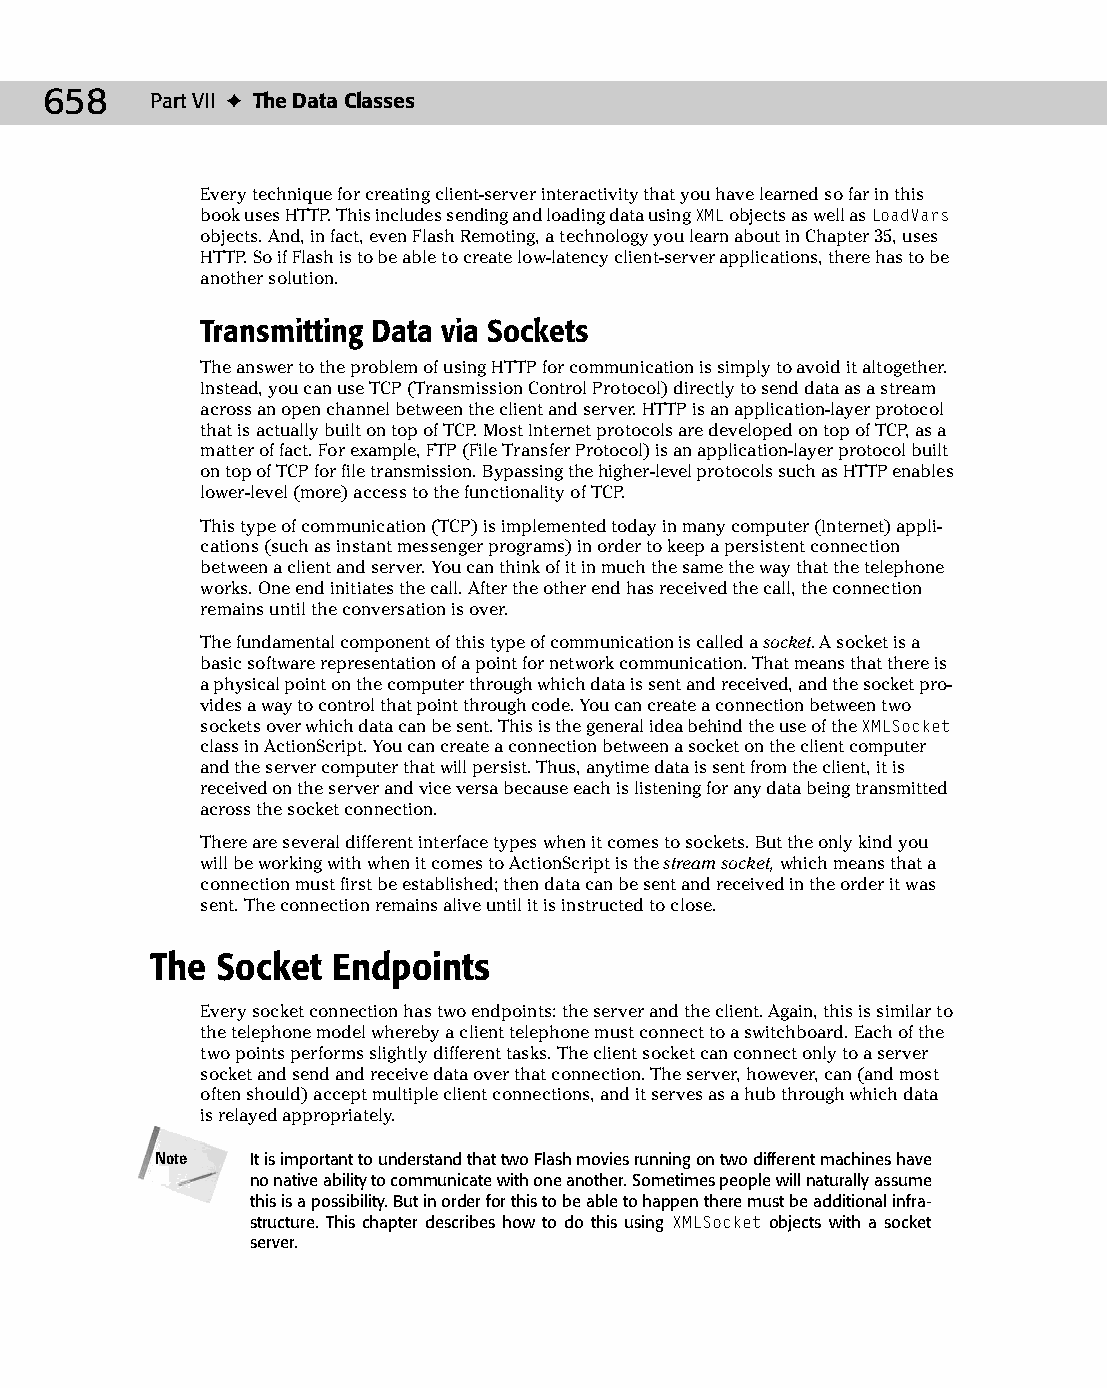
35 543547 ch27.qxd 3/24/04 4:08 PM Page 658
 658    Part VII ✦ The Data Classes
 Every technique for creating client-server interactivity that you have learned so far in this
 book uses HTTP. This includes sending and loading data using XML objects as well as LoadVars
 objects. And, in fact, even Flash Remoting, a technology you learn about in Chapter 35, uses
 HTTP. So if Flash is to be able to create low-latency client-server applications, there has to be
 another solution.
 Transmitting Data via Sockets
 The answer to the problem of using HTTP for communication is simply to avoid it altogether.
 Instead, you can use TCP (Transmission Control Protocol) directly to send data as a stream
 across an open channel between the client and server. HTTP is an application-layer protocol
 that is actually built on top of TCP. Most Internet protocols are developed on top of TCP, as a
 matter of fact. For example, FTP (File Transfer Protocol) is an application-layer protocol built
 on top of TCP for file transmission. Bypassing the higher-level protocols such as HTTP enables
 lower-level (more) access to the functionality of TCP.
 This type of communication (TCP) is implemented today in many computer (Internet) appli­
 cations (such as instant messenger programs) in order to keep a persistent connection
 between a client and server. You can think of it in much the same the way that the telephone
 works. One end initiates the call. After the other end has received the call, the connection
 remains until the conversation is over.
 The fundamental component of this type of communication is called a socket. A socket is a
 basic software representation of a point for network communication. That means that there is
 a physical point on the computer through which data is sent and received, and the socket pro­
 vides a way to control that point through code. You can create a connection between two
 sockets over which data can be sent. This is the general idea behind the use of the XMLSocket
 class in ActionScript. You can create a connection between a socket on the client computer
 and the server computer that will persist. Thus, anytime data is sent from the client, it is
 received on the server and vice versa because each is listening for any data being transmitted
 across the socket connection.
 There are several different interface types when it comes to sockets. But the only kind you
 will be working with when it comes to ActionScript is the stream socket, which means that a
 connection must first be established; then data can be sent and received in the order it was
 sent. The connection remains alive until it is instructed to close.
 The Socket  Endpoints
 Every socket connection has two endpoints: the server and the client. Again, this is similar to
 the telephone model whereby a client telephone must connect to a switchboard. Each of the
 two points performs slightly different tasks. The client socket can connect only to a server
 socket and send and receive data over that connection. The server, however, can (and most
 often should) accept multiple client connections, and it serves as a hub through which data
 is relayed appropriately.
 Note   It is important to understand that two Flash movies running on two different machines have
 no native ability to communicate with one another. Sometimes people will naturally assume
 this is a possibility. But in order for this to be able to happen there must be additional infra­
 structure. This chapter describes how to do this using XMLSocket objects with a socket
 server.